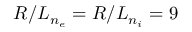
R / L _ { n _ { e } } = R / L _ { n _ { i } } = 9